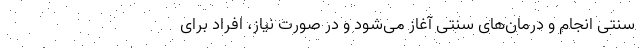
سنتی انجام و درمان‌های سنتی آغاز می‌شود و در صورت نیاز، افراد برای